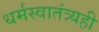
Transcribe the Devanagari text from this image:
धर्मस्वातंत्र्यही